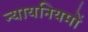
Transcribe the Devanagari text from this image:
न्यायनियमों